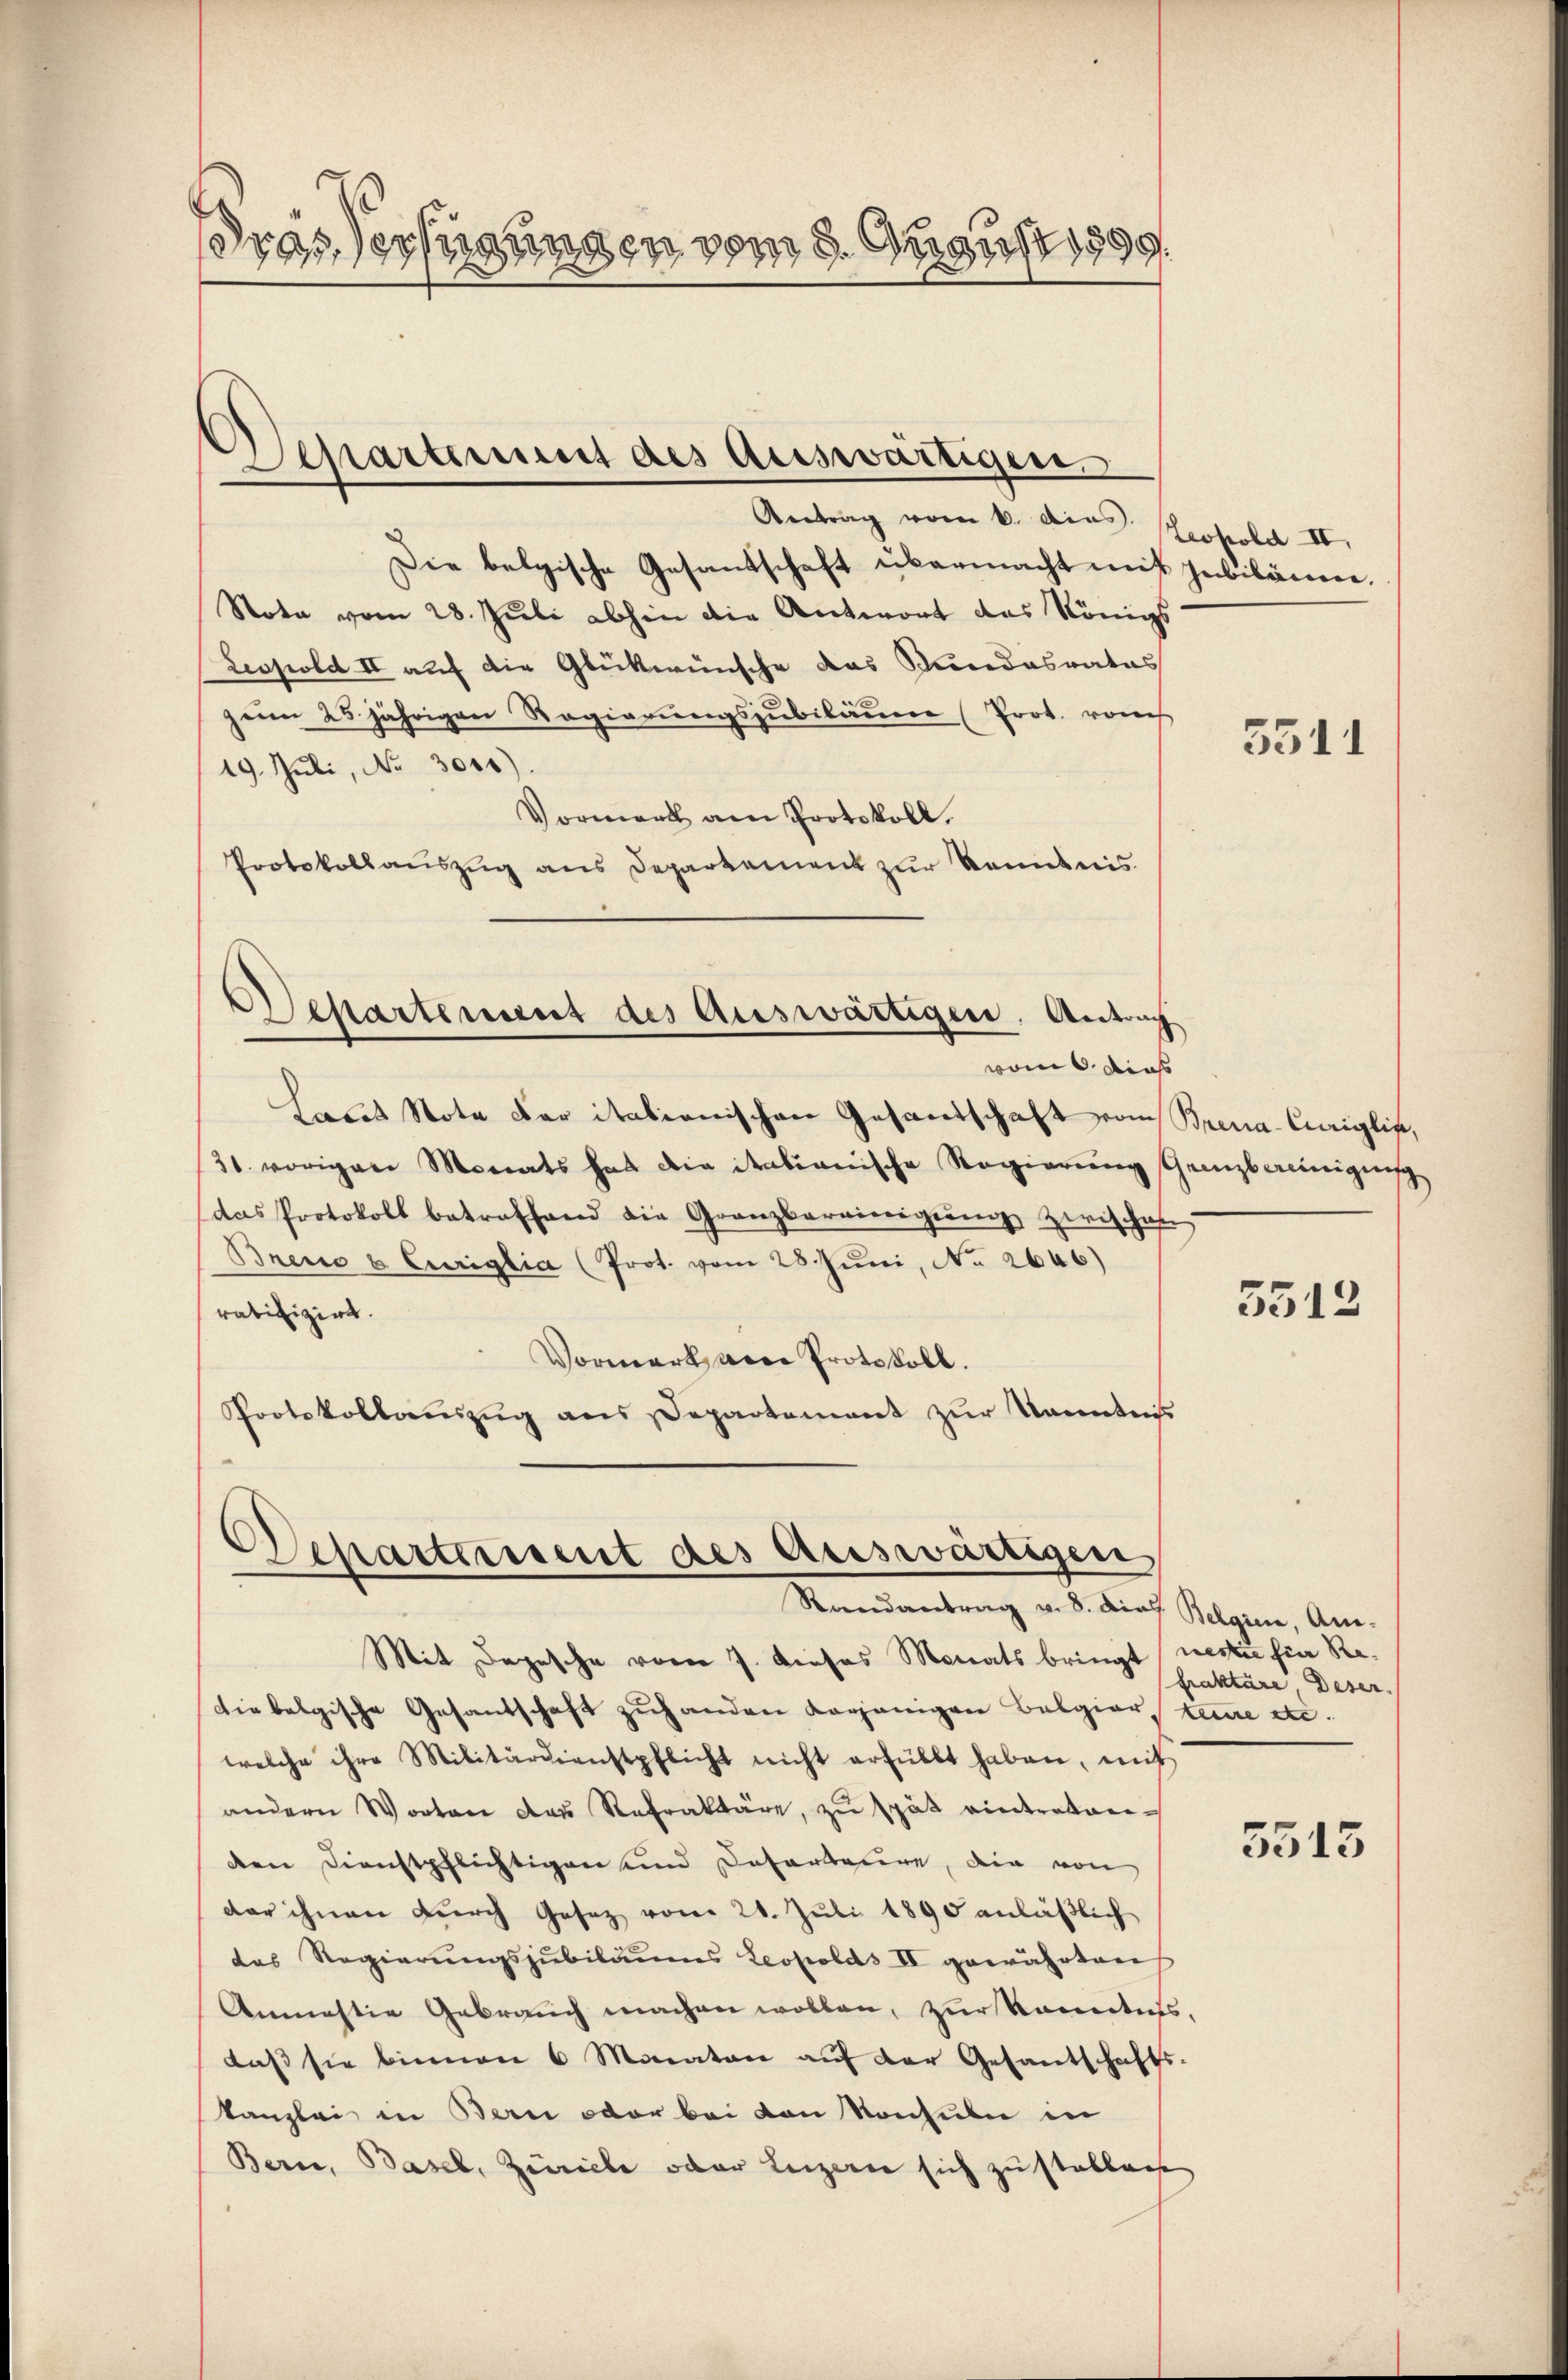
ras Verfügungen vom 9. August 1899.

Departement des Auswärtigen.

Antrag vom 6. die Leopold II.
Die belgische Gesandschaft übermacht mit jubiläne.
Nota vom 28. Juli abhin die Antwort das Königs
Leopold II auf die Glückwünsche das Stundesrates
zeim 25 jährigen Regierungszubiläum (Prot. rauch
19. Juli, No 3011)
Vormerk am Protokoll.
Protokollauszug aus Departement zur Kenntnis
Desartement des Auswärtigen. Antrag
vom 6. dies
Laus Note der italienischen Gesandschaft vom Brena-Cariglip,
31. vorigen Monats hat die italianische Regierung Grenzbereinigung
das Protokoll betreffend die Granzbereinigŭng zwischen
Brend & Curiglia (Prot. vom 28. Juni, No. 2646)
ratifizirt.
Vormark vere Protokoll.
Pootskollauszug aus Departement zur Kenntniß

Departement des Auswärtigen
Randantrag v. 8. Dies Belgien, Am-

Mit Depesche vom 7. Dieses Monats bringt nectie für Re¬
Die belgische Gesantschaft zuhanden vorjenigen Belgierteure etc.
welche ihre Militärdienstpflicht nicht erfüllt haben, mit
andern Worten des Refraktäre, zu spät eintretenden Dienstpflichtigen und Dofortange, die von
der ihnen durch Gesez vom 21. Juli 1890 anläßlich
das Regierungszubiläums Leopolds II gewährtens
Anmastie Gebrauch machen wollen, zur Kenntnis,
daβ sie binnen 6 Monaten aŭf der Gesantschafts-
kanzlei in Bern oder bei von Konsuln in
Berne, Basel, Zürich oder Luzerne sich zu stablage

3341

3512

fraktäre Deser

5515